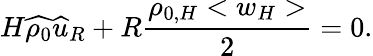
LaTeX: H\widehat{\rho_{0}}\widehat{u}_{R}+R\frac{\rho_{0,H}<w_{H}>}{2}=0.